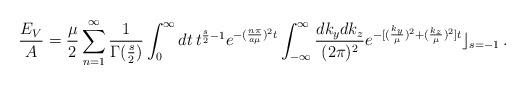
LaTeX: \begin{align*}\frac{E_V}{A}=\frac{\mu}{2}\sum_{n=1}^{\infty}\frac{1}{\Gamma(\frac{s}{2})}\int_{0}^{\infty}dt \,t^{\frac{s}{2}-1}e^{-(\frac{n\pi}{a\mu})^2t}\int_{-\infty}^{\infty} \frac{dk_ydk_z}{(2\pi)^2}e^{-[(\frac{k_y}{\mu})^2+(\frac{k_z}{\mu})^2]t}\rfloor_{s=-1}\,.\end{align*}